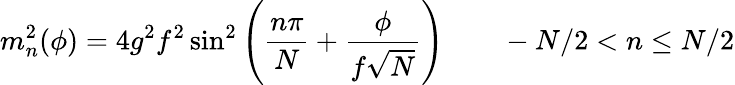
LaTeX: m_{n}^{2}(\phi)=4g^{2}f^{2}\sin^{2}\left(\frac{n\pi}{N}+\frac{\phi}{f\sqrt{N}}\right)\qquad-N/2<n\leq N/2